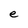
Character: e